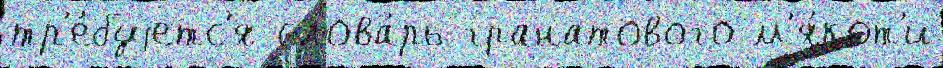
тр'е́буjетс'я слова́рь гранатового м'я́кот'и